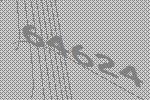
64624